Indian journal of veterinary science and animal husbandry - Volume 2,
Year: 1932
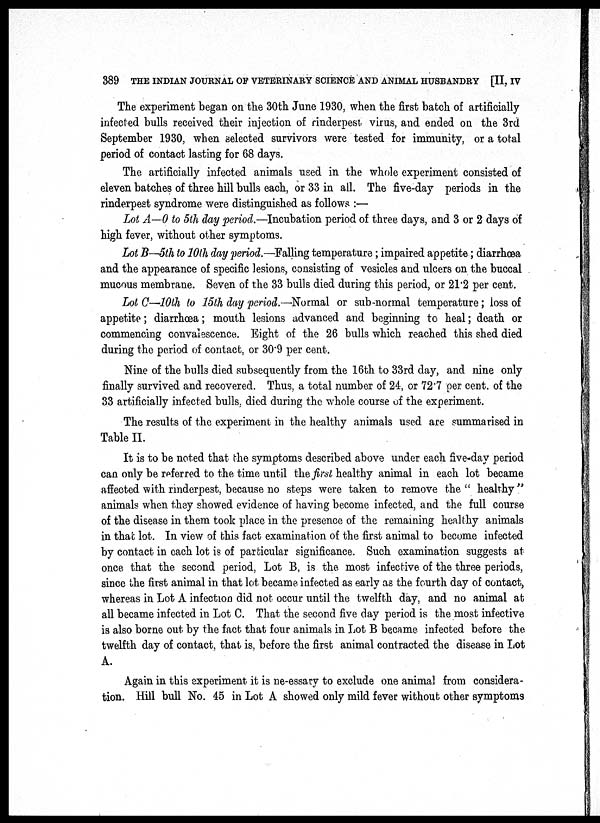
389 THE INDIAN JOURNAL OF VETERINARY SCIENCE AND ANIMAL HUSBANDRY [II, IV
The experiment began on the 30th June 1930, when the first batch of artificially
infected bulls received their injection of rinderpest virus, and ended on the 3rd
September 1930, when selected survivors were tested for immunity, or a total
period of contact lasting for 68 days.
The artificially infected animals used in the whole experiment consisted of
eleven batches of three hill bulls each, or 33 in all. The five-day periods in the
rinderpest syndrome were distinguished as follows :—
Lot A—0 to 5th day period.—Incubation period of three days, and 3 or 2 days of
high fever, without other symptoms.
Lot B—5th to 10th day period.—Falling temperature; impaired appetite; diarrhœa
and the appearance of specific lesions, consisting of vesicles and ulcers on the buccal
mucous membrane. Seven of the 33 bulls died during this period, or 21.2 per cent.
Lot C—10th to 15th day period.—Normal or sub-normal temperature ; loss of
appetite ; diarrhœa; mouth lesions advanced and beginning to heal; death or
commencing convalescence. Eight of the 26 bulls which reached this shed died
during the period of contact, or 30.9 per cent.
Nine of the bulls died subsequently from the 16th to 33rd day, and nine only
finally survived and recovered. Thus, a total number of 24, or 72.7 per cent. of the
33 artificially infected bulls, died during the whole course of the experiment.
The results of the experiment in the healthy animals used are summarised in
Table II.
It is to be noted that the symptoms described above under each five-day period
can only be referred to the time until the first healthy animal in each lot became
affected with rinderpest, because no steps were taken to remove the " healthy "
animals when they showed evidence of having become infected, and the full course
of the disease in them took place in the presence of the remaining healthy animals
in that lot. In view of this fact examination of the first animal to become infected
by contact in each lot is of particular significance. Such examination suggests at
once that the second period, Lot B, is the most infective of the three periods,
since the first animal in that lot became infected as early as the fourth day of contact,
whereas in Lot A infection did not occur until the twelfth day, and no animal at
all became infected in Lot C. That the second five day period is the most infective
is also borne out by the fact that four animals in Lot B became infected before the
twelfth day of contact, that is, before the first animal contracted the disease in Lot
A.
Again in this experiment it is ne-essary to exclude one animal from considera-
tion. Hill bull No. 45 in Lot A showed only mild fever without other symptoms